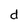
Character: d